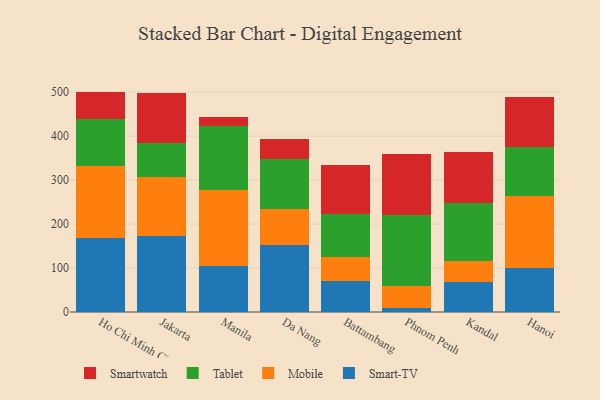
{"axis": {"x": "City", "y": "Humidity (%)"}, "legend": ["Mobile", "Smart-TV", "Smartwatch", "Tablet"], "data": [{"x": "Ho Chi Minh City", "y": 169.3, "type": "Smart-TV"}, {"x": "Ho Chi Minh City", "y": 163.5, "type": "Mobile"}, {"x": "Ho Chi Minh City", "y": 106.5, "type": "Tablet"}, {"x": "Ho Chi Minh City", "y": 61.8, "type": "Smartwatch"}, {"x": "Jakarta", "y": 172.0, "type": "Smart-TV"}, {"x": "Jakarta", "y": 134.2, "type": "Mobile"}, {"x": "Jakarta", "y": 77.9, "type": "Tablet"}, {"x": "Jakarta", "y": 114.6, "type": "Smartwatch"}, {"x": "Manila", "y": 104.9, "type": "Smart-TV"}, {"x": "Manila", "y": 171.7, "type": "Mobile"}, {"x": "Manila", "y": 147.0, "type": "Tablet"}, {"x": "Manila", "y": 20.4, "type": "Smartwatch"}, {"x": "Da Nang", "y": 153.3, "type": "Smart-TV"}, {"x": "Da Nang", "y": 82.0, "type": "Mobile"}, {"x": "Da Nang", "y": 112.1, "type": "Tablet"}, {"x": "Da Nang", "y": 45.0, "type": "Smartwatch"}, {"x": "Battambang", "y": 70.3, "type": "Smart-TV"}, {"x": "Battambang", "y": 55.2, "type": "Mobile"}, {"x": "Battambang", "y": 97.6, "type": "Tablet"}, {"x": "Battambang", "y": 112.0, "type": "Smartwatch"}, {"x": "Phnom Penh", "y": 10.0, "type": "Smart-TV"}, {"x": "Phnom Penh", "y": 48.4, "type": "Mobile"}, {"x": "Phnom Penh", "y": 161.5, "type": "Tablet"}, {"x": "Phnom Penh", "y": 140.3, "type": "Smartwatch"}, {"x": "Kandal", "y": 67.5, "type": "Smart-TV"}, {"x": "Kandal", "y": 49.6, "type": "Mobile"}, {"x": "Kandal", "y": 130.9, "type": "Tablet"}, {"x": "Kandal", "y": 116.3, "type": "Smartwatch"}, {"x": "Hanoi", "y": 101.1, "type": "Smart-TV"}, {"x": "Hanoi", "y": 163.2, "type": "Mobile"}, {"x": "Hanoi", "y": 109.8, "type": "Tablet"}, {"x": "Hanoi", "y": 113.9, "type": "Smartwatch"}]}